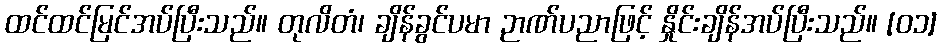
ထင်ထင်မြင်အပ်ပြီးသည်။ တုလိတံ၊ ချိန်ခွင်ပမာ ဉာဏ်ပညာဖြင့် နှိုင်းချိန်အပ်ပြီးသည်။ [၀၁]